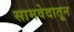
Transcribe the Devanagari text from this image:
सामवेदातून